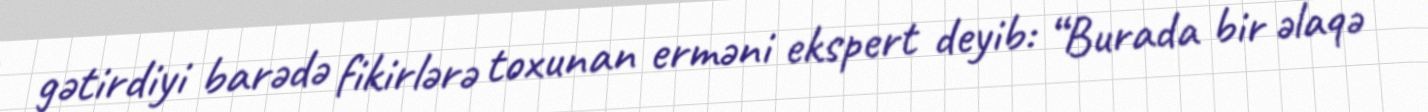
gətirdiyi barədə fikirlərə toxunan erməni ekspert deyib: “Burada bir əlaqə